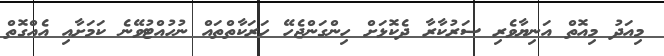
މިއަދު މިއޮތް އަނިޔާވެރި ސަރުކާރާ ދެކޮޅަށް ހިންގަންޖެހޭ ހަރަކާތްތައް ނުހުއްޓުވޭނެ ކަމަށާއި އެއްގޮތް